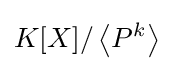
K[X]/\left\langle P^{k}\right\rangle